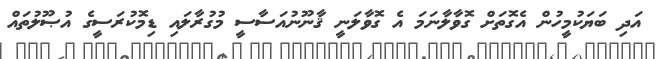
އަދި ބަޔަކުމީހުން އެގޮތަށް ގޮވާލާނަމަ އެ ގޮވާލަނީ ޤާނޫނުއަސާސީ މުގުރާލައި ޑިމޮކުރަސީގެ އުޞޫލުތައް